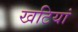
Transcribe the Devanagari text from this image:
खटियां